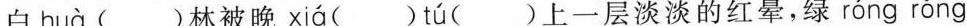
白 huà ( )林被晚 xiá ( ) tú ( )上一层淡淡的红晕，绿 róng róng